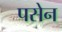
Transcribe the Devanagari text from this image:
पसेन